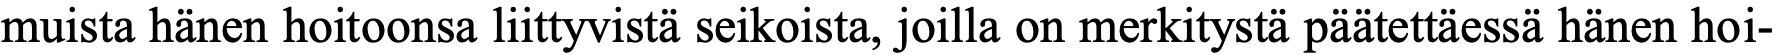
muista hänen hoitoonsa liittyvistä seikoista, joilla on merkitystä päätettäessä hänen hoi-